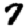
Digit: 7